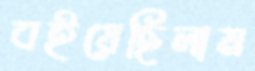
বইয়েছিলাম